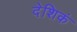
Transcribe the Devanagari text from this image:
देशिकं